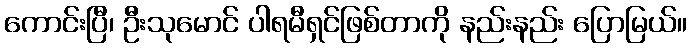
ကောင်းပြီ၊ ဦးသုမောင် ပါရမီရှင်ဖြစ်တာကို နည်းနည်း ပြောမြယ်။